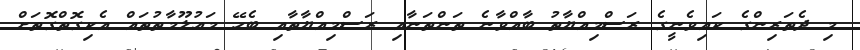
މި ދެތަރިންގެ ކައިވެނީގެ ރަސްމިއްޔާތު ބާއްވާނެ ތަންތަނާއި ރަސްމިއްޔާތާއި ބެހޭ މަޢުލޫމާތުތައް އެކިގޮތްގޮތަށް